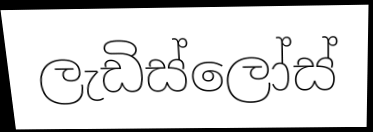
ලැඩිස්ලෝස්